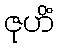
ဇုဟိံ